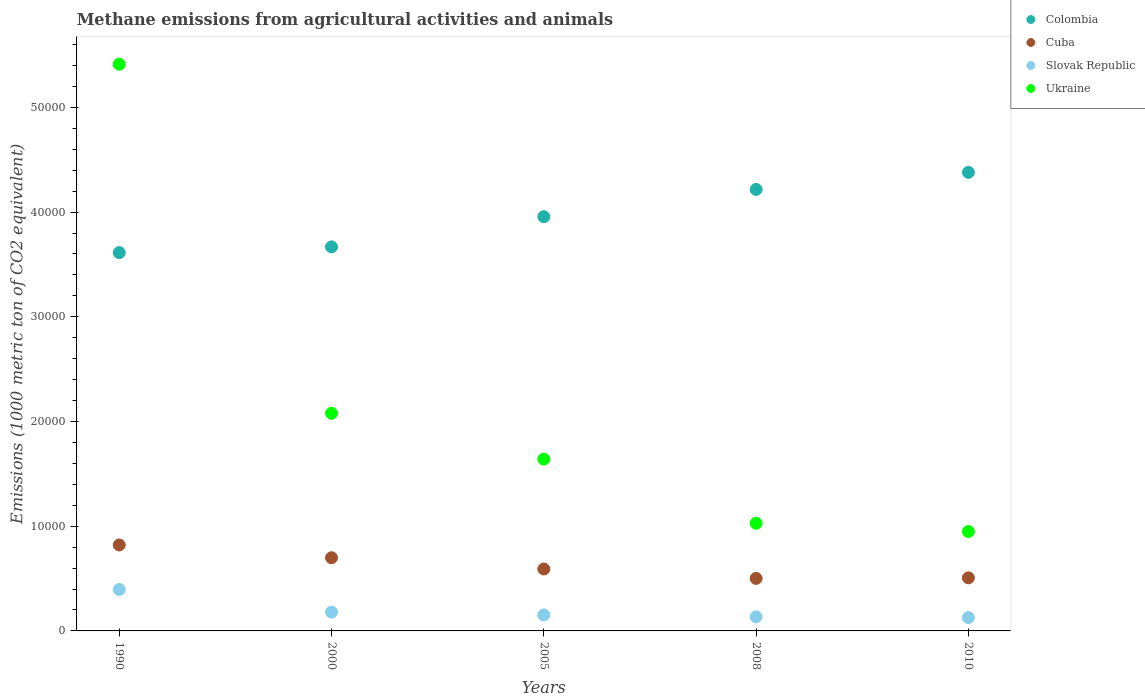
| Years | Colombia | Cuba | Slovak Republic | Ukraine |
 | --- | --- | --- | --- | --- |
 | 1990 | 3.61e+04 | 8.21e+03 | 3.95e+03 | 5.41e+04 |
 | 2000 | 3.67e+04 | 6.99e+03 | 1.79e+03 | 2.08e+04 |
 | 2005 | 3.96e+04 | 5.91e+03 | 1.53e+03 | 1.64e+04 |
 | 2008 | 4.22e+04 | 5.02e+03 | 1.35e+03 | 1.03e+04 |
 | 2010 | 4.38e+04 | 5.07e+03 | 1.28e+03 | 9.49e+03 |